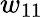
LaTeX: w_{11}